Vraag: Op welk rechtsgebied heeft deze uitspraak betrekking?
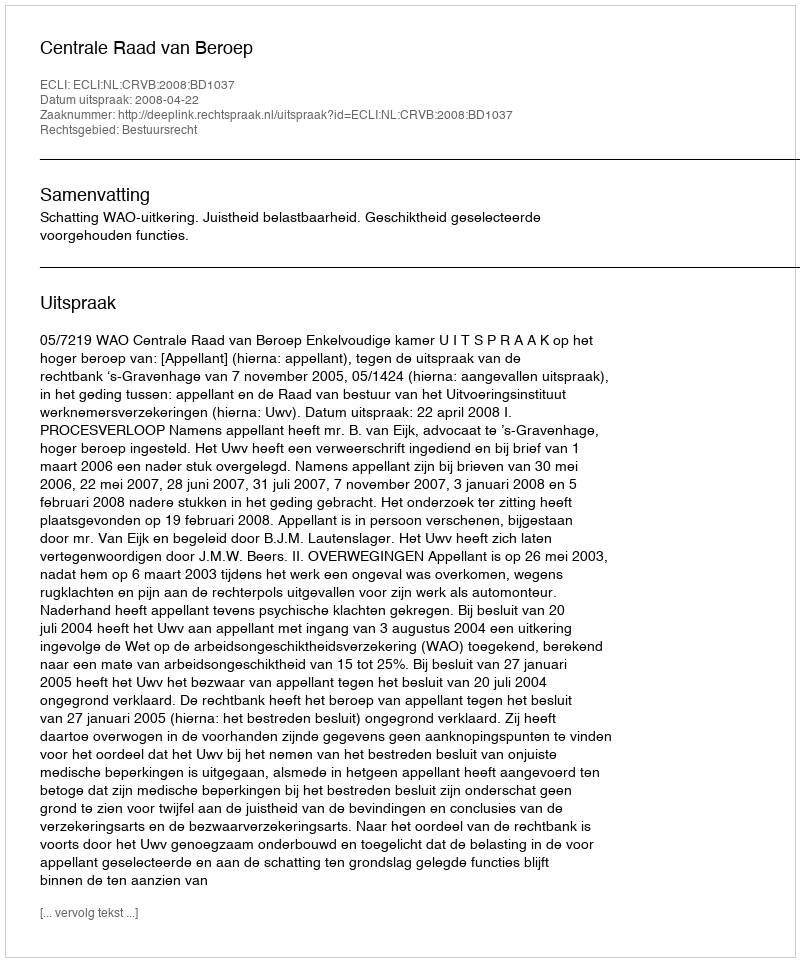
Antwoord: Bestuursrecht